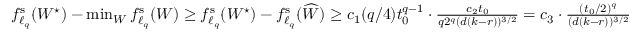
\begin{array} { r } { f _ { \ell _ { q } } ^ { \mathrm { s } } ( W ^ { \star } ) - \operatorname* { m i n } _ { W } f _ { \ell _ { q } } ^ { \mathrm { s } } ( W ) \geq f _ { \ell _ { q } } ^ { \mathrm { s } } ( W ^ { \star } ) - f _ { \ell _ { q } } ^ { \mathrm { s } } ( \widehat W ) \geq c _ { 1 } ( q / 4 ) t _ { 0 } ^ { q - 1 } \cdot \frac { c _ { 2 } t _ { 0 } } { q 2 ^ { q } ( d ( k - r ) ) ^ { 3 / 2 } } = c _ { 3 } \cdot \frac { ( t _ { 0 } / 2 ) ^ { q } } { ( d ( k - r ) ) ^ { 3 / 2 } } } \end{array}